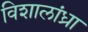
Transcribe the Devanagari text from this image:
विशालांध्रा